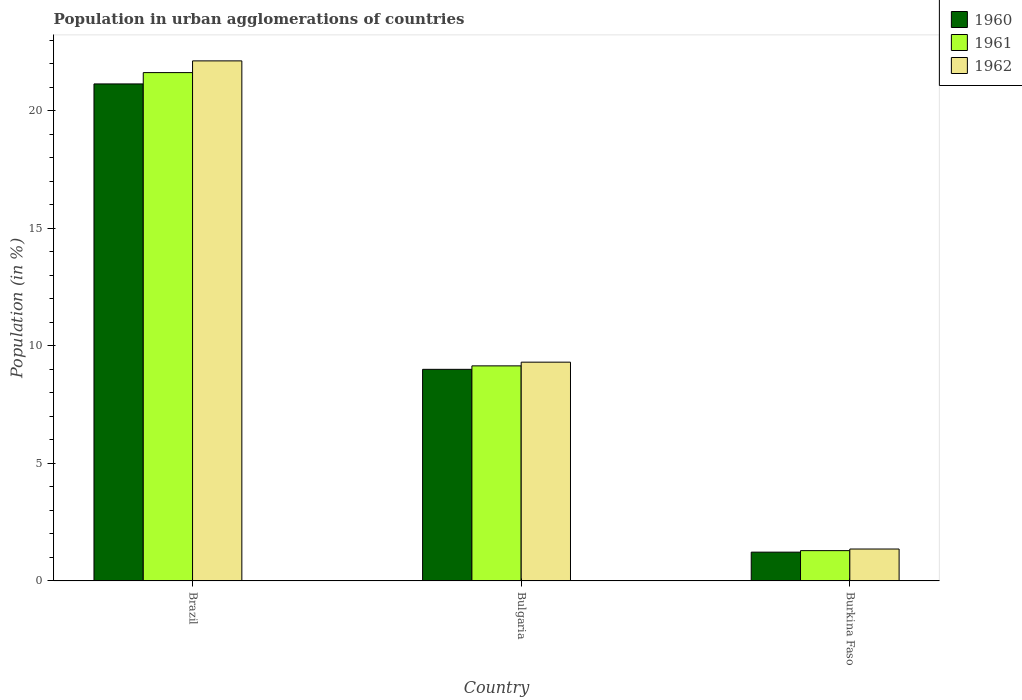
| Country | 1960 | 1961 | 1962 |
 | --- | --- | --- | --- |
 | Brazil | 21.1 | 21.6 | 22.1 |
 | Bulgaria | 9 | 9.15 | 9.3 |
 | Burkina Faso | 1.22 | 1.29 | 1.36 |